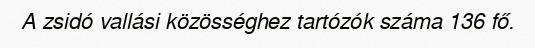
A zsidó vallási közösséghez tartózók száma 136 fő.